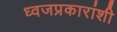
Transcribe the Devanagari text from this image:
ध्वजप्रकारांशी